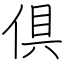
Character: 倶